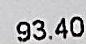
93.40